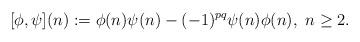
LaTeX: \begin{align*}[\phi,\psi](n) := \phi(n)\psi(n) - (-1)^{pq}\psi(n)\phi(n),\ n\geq2.\end{align*}